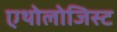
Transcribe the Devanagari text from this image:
एथोलोजिस्ट